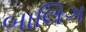
બાલિગ